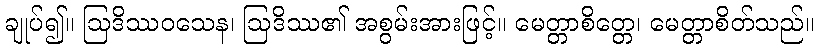
ချုပ်၍။ ဩဒိဿဝသေန၊ ဩဒိဿ၏ အစွမ်းအားဖြင့်။ မေတ္တာစိတ္တေ၊ မေတ္တာစိတ်သည်။